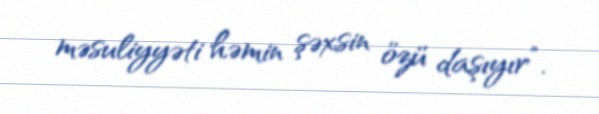
məsuliyyəti həmin şəxsin özü daşıyır”.